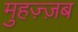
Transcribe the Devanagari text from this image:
मुहज़्ज़ब